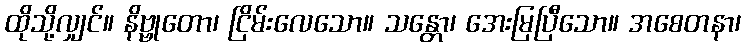
ထိုသို့လျှင်။ နိဗ္ဗုတော၊ ငြိမ်းလေသော။ သန္တော၊ အေးမြပြီသော။ အစေတနာ၊